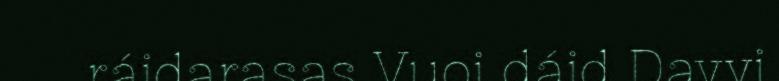
ráidarasas Vuoi dáid Davvi